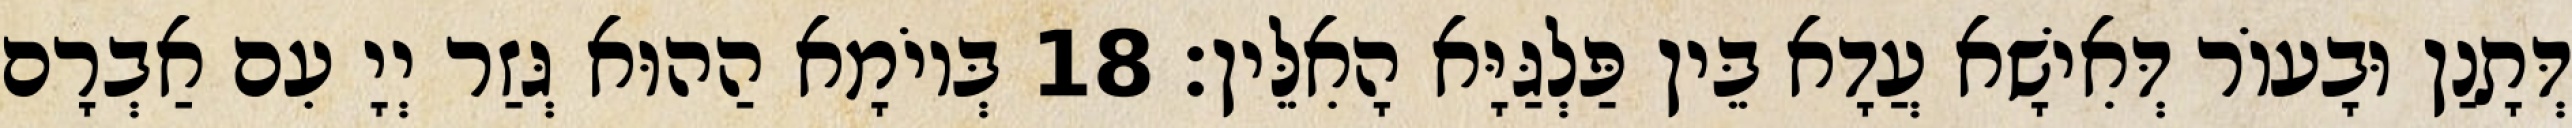
דְּתָנַן וּבָעוֹר דְּאִישָׁא עֲדָא בֵּין פַּלְגַּיָּא הָאִלֵּין׃ 18 בְּיוֹמָא הַהוּא גְּזַר יְיָ עִם אַבְרָם